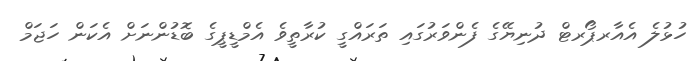
ހުޅުލެ އެއާރޕޯރޓް ދުނިޔޭގެ ފެންވަރުގައި ތަރައްގީ ކުރާތީވެ އެމްޑީޕީގެ ބޮޑުންނަށް އެކަން ހަޖަމް